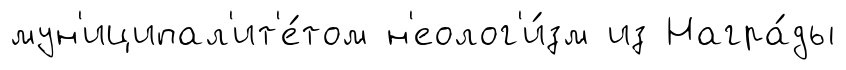
мун'иципал'ит'е́том н'еолог'и́зм из Награ́ды